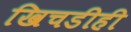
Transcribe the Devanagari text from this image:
खिचडीही